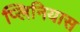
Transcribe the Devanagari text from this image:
प्लिनियास